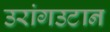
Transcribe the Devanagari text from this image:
उरांगउटान